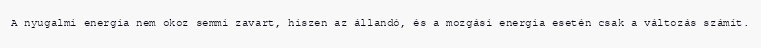
A nyugalmi energia nem okoz semmi zavart, hiszen az állandó, és a mozgási energia esetén csak a változás számít.